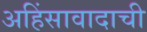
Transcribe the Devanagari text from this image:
अहिंसावादाची